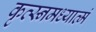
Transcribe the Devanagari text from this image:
कृत्स्नमध्यात्मं